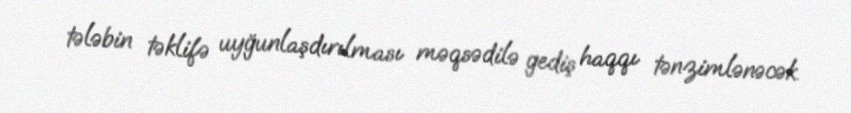
tələbin təklifə uyğunlaşdırılması məqsədilə gediş haqqı tənzimlənəcək.